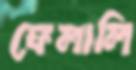
ফেলালি